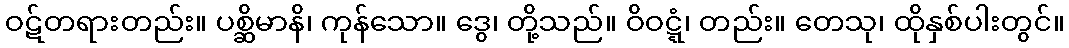
ဝဋ်တရားတည်း။ ပစ္ဆိမာနိ၊ ကုန်သော။ ဒွေ၊ တို့သည်။ ဝိဝဋ္ဋံ၊ တည်း။ တေသု၊ ထိုနှစ်ပါးတွင်။